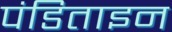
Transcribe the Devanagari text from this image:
पंडिताइन